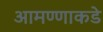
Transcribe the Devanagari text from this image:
आमण्णाकडे